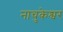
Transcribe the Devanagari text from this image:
नाचुकेश्वर